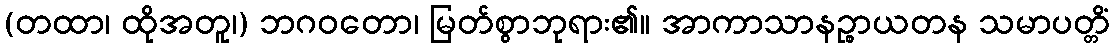
(တထာ၊ ထိုအတူ၊) ဘဂဝတော၊ မြတ်စွာဘုရား၏။ အာကာသာနဉ္စာယတန သမာပတ္တိံ